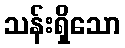
သန်းရှိသော